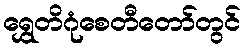
ရွှေတိဂုံစေတီတော်တွင်